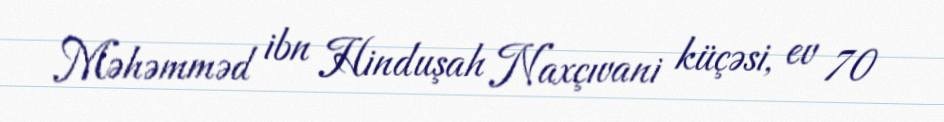
Məhəmməd ibn Hinduşah Naxçıvani küçəsi, ev 70